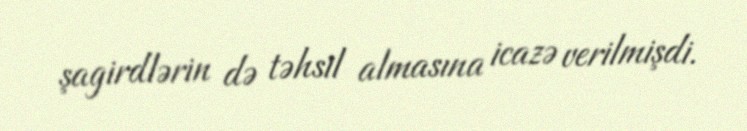
şagirdlərin də təhsil almasına icazə verilmişdi.